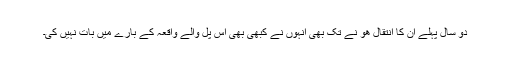
دو سال پہلے ان کا انتقال ھو نے تک بھی انہوں نے کبھی بھی اس پل والے واقعہ کے بارے میں بات نہیں کی۔